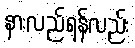
နားလည်ရန်လည်း